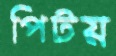
পিটয়